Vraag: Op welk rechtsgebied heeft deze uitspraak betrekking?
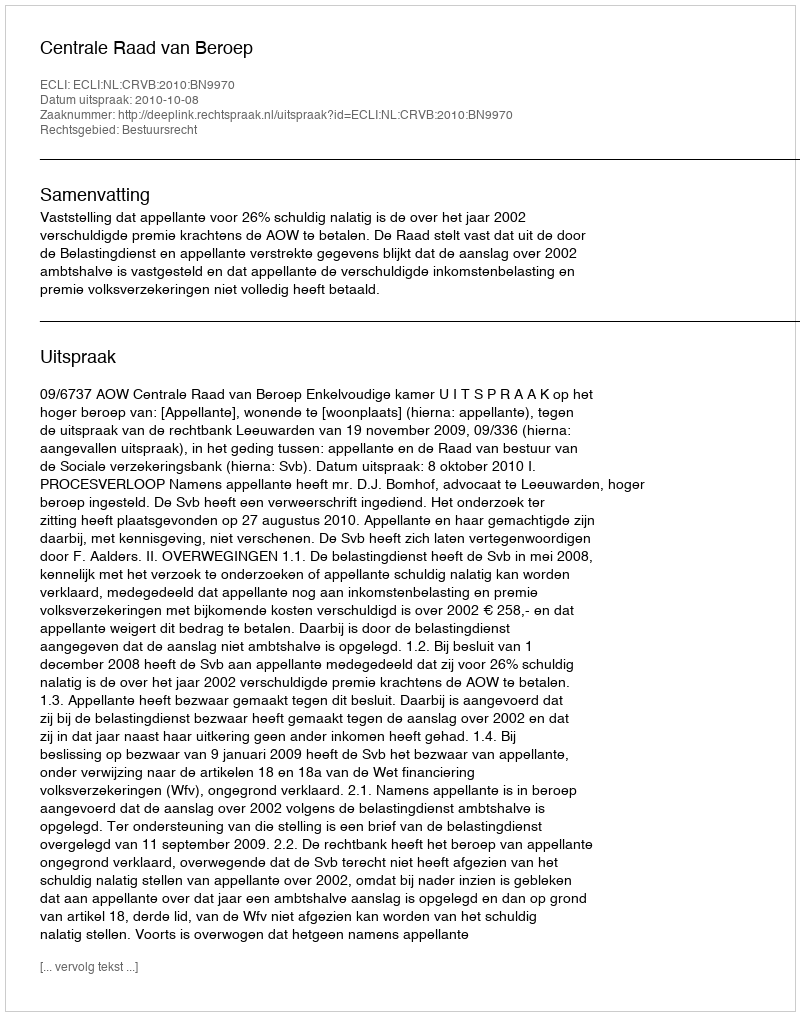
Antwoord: Bestuursrecht